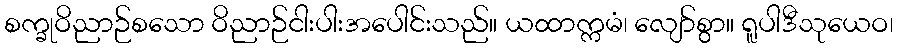
စက္ခုဝိညာဉ်စသော ဝိညာဉ်ငါးပါးအပေါင်းသည်။ ယထာက္ကမံ၊ လျော်စွာ။ ရူပါဒီသုယေဝ၊